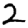
Digit: 2